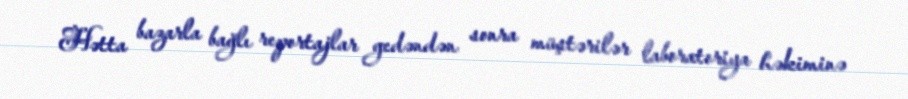
Hətta bazarla bağlı reportajlar gedəndən sonra müştərilər laboratoriya həkiminə